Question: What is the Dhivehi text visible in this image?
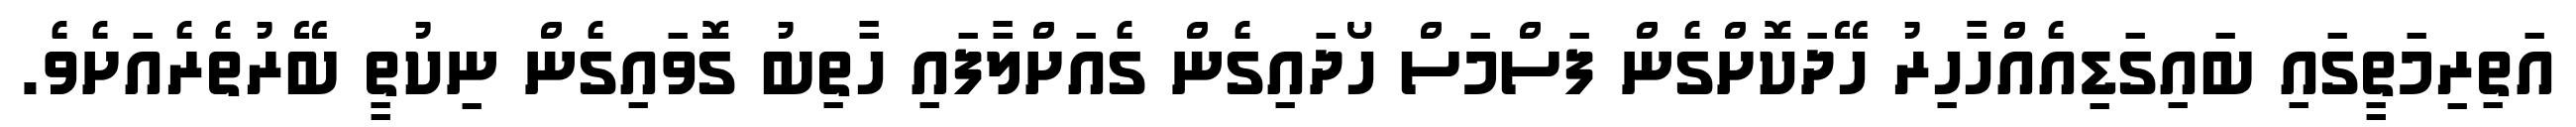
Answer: އަތިރިމަތީގައި ބައިގަޑިއެއްހާހިރު ހޭދަކޮށްގެން ފަސްމަސް ހޯދައިގެން ގެއަށްލާފައި ހާތިބު ގޮވައިގެން ނިކުތީ ބޭރުތެރެއަށެވެ.